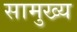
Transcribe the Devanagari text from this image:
सामुख्य